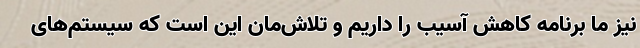
نیز ما برنامه کاهش آسیب را داریم و تلاش‌‌مان این است که سیستم‌‌های